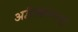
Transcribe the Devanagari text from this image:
अद्वैतज्ञानाची